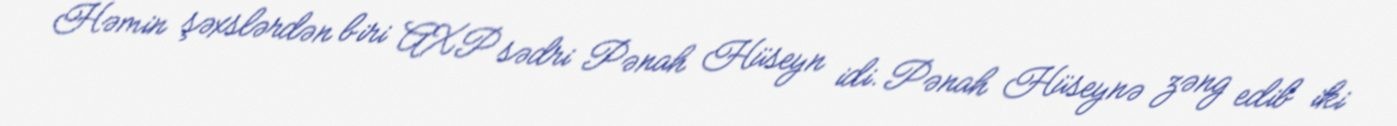
Həmin şəxslərdən biri AXP sədri Pənah Hüseyn idi. Pənah Hüseynə zəng edib iki